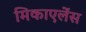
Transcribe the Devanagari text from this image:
मिकाएलेंस